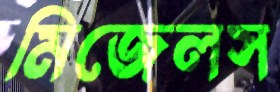
মিজেলস